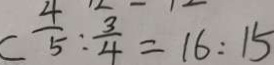
C \frac { 4 } { 5 } : \frac { 3 } { 4 } = 1 6 : 1 5